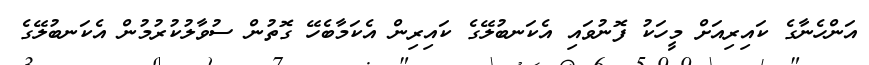
އަންހެނާގެ ކައިރިއަށް މީހަކު ފޮނުވައި އެކަނބުލޭގެ ކައިރިން އެކަމާބެހޭ ގޮތުން ސުވާލުކުރުމުން އެކަނބުލޭގެ